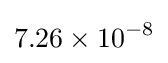
7.26\times 10^{-8}